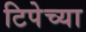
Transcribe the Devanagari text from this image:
टिपेच्या